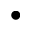
\bullet